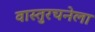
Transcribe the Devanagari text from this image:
वास्तुरचनेला